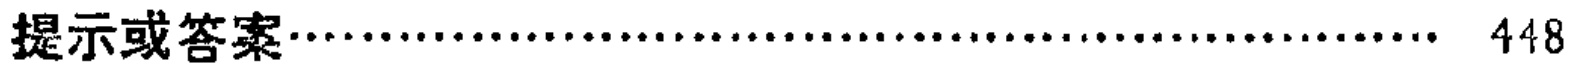
提示或答案\dotfill 448